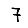
Digit: 7